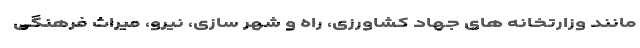
مانند وزارتخانه های جهاد کشاورزی، راه و شهر سازی، نیرو، میراث فرهنگی